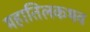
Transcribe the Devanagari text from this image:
महातिलकभव